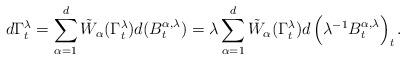
LaTeX: \begin{align*}d\Gamma^\lambda_{t} =\sum_{\alpha=1}^{d}\tilde{W}_{\alpha}(\Gamma^\lambda_{t})d(B_{t}^{\alpha,\lambda}) =\lambda\sum_{\alpha=1}^{d}\tilde{W}_{\alpha}(\Gamma^\lambda_{t})d\left(\lambda^{-1} B^{\alpha,\lambda}_{t}\right)_t.\end{align*}